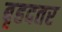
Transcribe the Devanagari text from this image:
बृहदतर